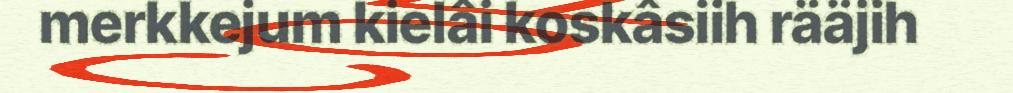
merkkejum kielâi koskâsiih rääjih